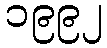
၁၉၉၂